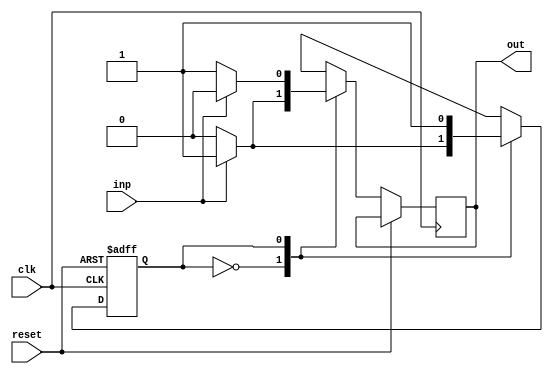
//Assignment 4
//Problem 1
//Semseter 5
//Group No. 51
//Pritam Mallick (18CS10042)
//Smayan Das (18CS30011)

`timescale 1ns / 1ps

module two_complementer(inp,clk,reset,out);

    input inp,clk,reset;
    output reg out;

	reg state;
	parameter S0 = 1'b0, S1 = 1'b1;
	 
	always@(posedge clk, posedge reset) 
	begin
		if(reset)
			state <= 0;
		else
		begin

			case(state)
				S0:
				begin
					if(inp==0)
					begin
						state <= S0;
						out <= 0;
					end
					else 
					begin
						state <= S1;
						out <= 1;
					end
				end

				S1:
				begin
					if(inp==0)
					begin
						state <= S1;
						out <= 1;
					end
					else 
					begin
						state <= S1;
						out <= 0;
					end
				end

			endcase
	 
	 	end
	 end

endmodule